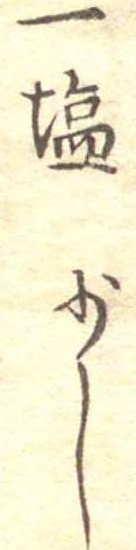
一塩少々